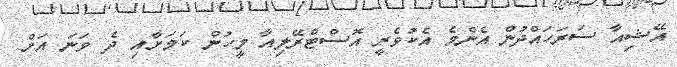
އޭޝިއާ ސަރަހައްދުން އެންމެ އެކުވެރީ އޮސްޓްރޭލިއާ މީހުން ކަމަށާއި ދެ ވަނަ އަށް